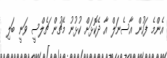
އެންމެ ފަހުން އާސެނަލް އާ ދެކޮޅަށް ކުޅުނު މެޗުން ޗެލްސީ ވަނީ ބަލި